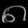
Digit: ၈